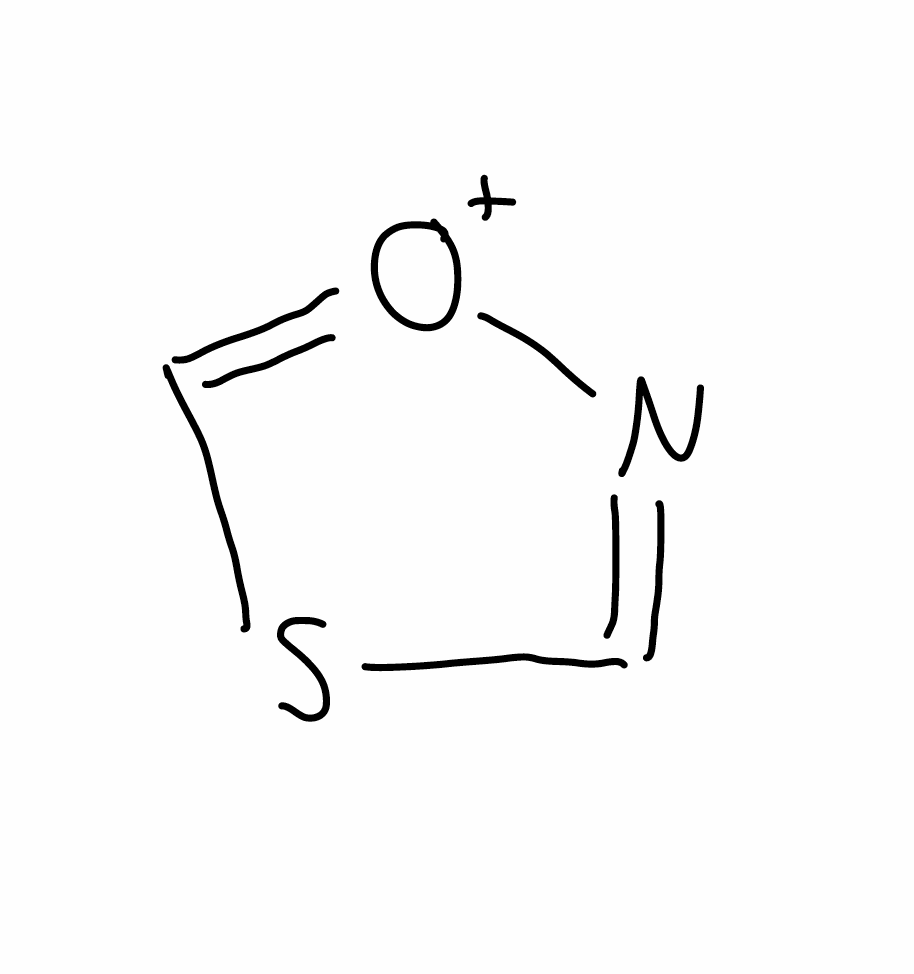
Simplified molecular-input line-entry system (SMILES) notation of the given molecule:
C1=N[O+]=CS1